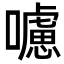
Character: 𡃖